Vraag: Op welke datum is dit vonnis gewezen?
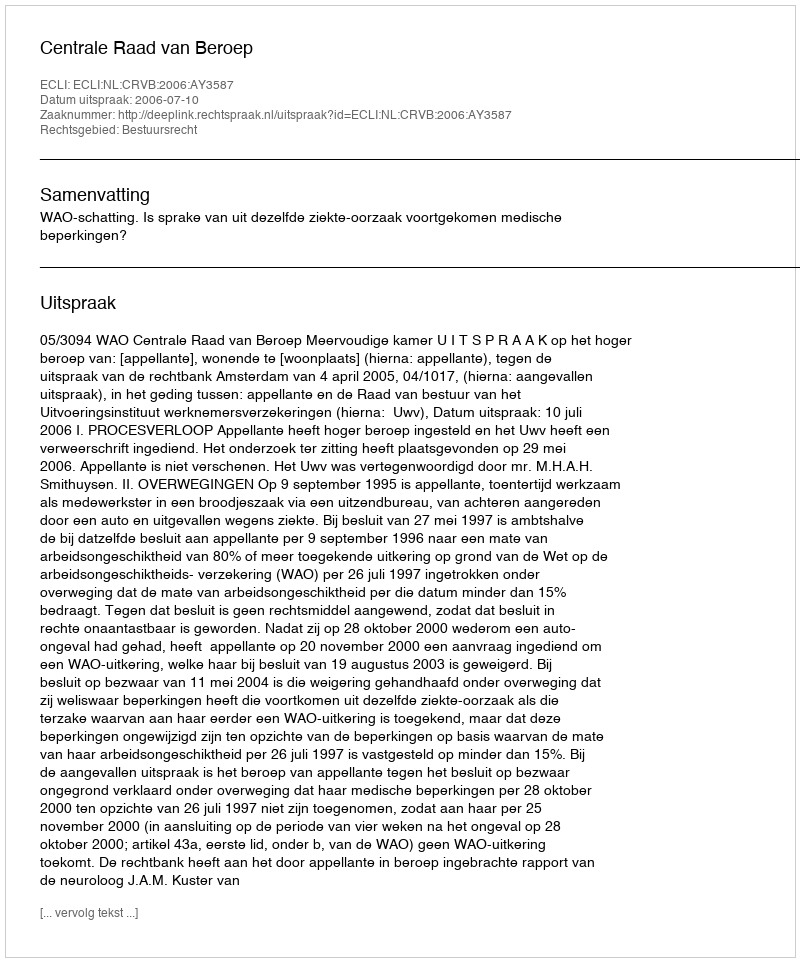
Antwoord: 2006-07-10